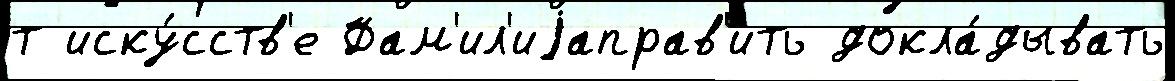
т иску́сств'е Фам'ил'иjаправ'ить докла́дывать